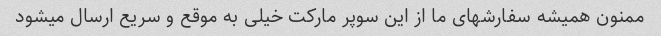
ممنون همیشه سفارشهای ما از این سوپر مارکت خیلی به موقع و سریع ارسال میشود